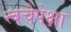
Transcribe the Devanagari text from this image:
त्वचेपेक्षा